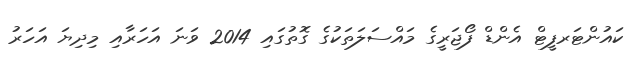
ކައުންޓަރފީޓް އެންޑް ފޯޖަރީގެ މައްސަލަތަކުގެ ގޮތުގައި 2014 ވަނަ އަހަރާއި މިދިޔަ އަހަރު